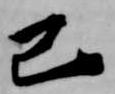
己